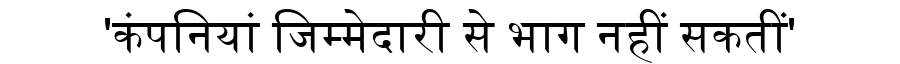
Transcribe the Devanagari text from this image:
'कंपनियां जिम्मेदारी से भाग नहीं सकतीं'